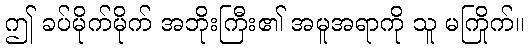
ဤ ခပ်မိုက်မိုက် အဘိုးကြီး၏ အမူအရာကို သူ မကြိုက်။